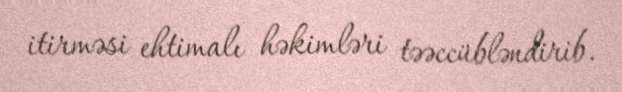
itirməsi ehtimalı həkimləri təəccübləndirib.